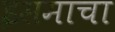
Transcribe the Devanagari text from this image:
इसमाचा